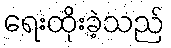
ရေးထိုးခဲ့သည်